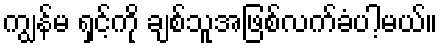
ကျွန်မ ရှင့်ကို ချစ်သူအဖြစ်လက်ခံပါ့မယ်။